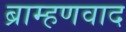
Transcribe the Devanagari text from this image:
ब्राम्हणवाद